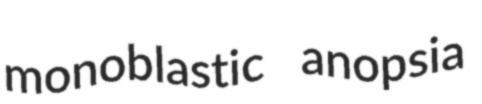
monoblastic anopsia